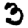
Digit: 3